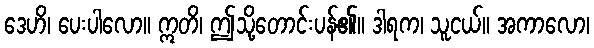
ဒေဟိ၊ ပေးပါလော။ ဣတိ၊ ဤသို့တောင်းပန်၏။ ဒါရက၊ သူငယ်။ အကာလော၊